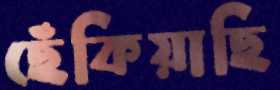
ছেঁকিয়াছি